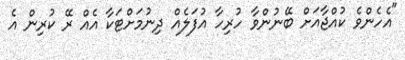
"އެހެންވެ ކުއްޖާއަށް ބޭނުންވާ ހުރިހާ އުފަލެއް ދިނުމަށްޓަކާ އެއް ރޭ ކުރިން އެ